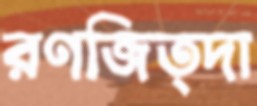
রণজিত্দা